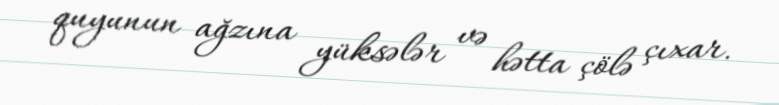
quyunun ağzına yüksələr və hətta çölə çıxar.